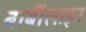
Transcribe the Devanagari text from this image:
बार्बॉलाइन